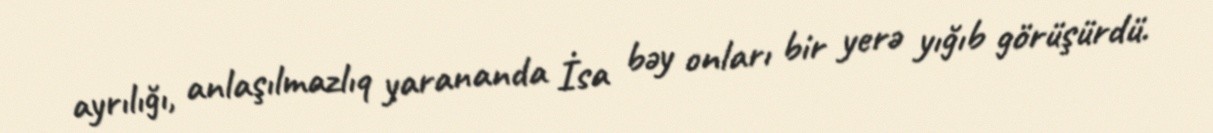
ayrılığı, anlaşılmazlıq yarananda İsa bəy onları bir yerə yığıb görüşürdü.